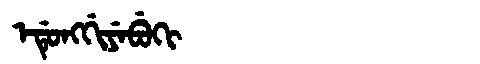
Manchu: ᡝᡩᡠᠩᡤᡳᠶᡝᠪᡠᡴᡳ
Romanization: EDUNGGIYEBUKI